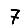
Digit: 7